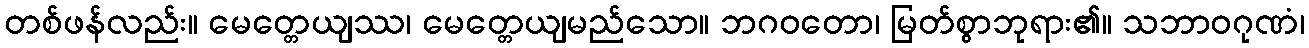
တစ်ဖန်လည်း။ မေတ္တေယျဿ၊ မေတ္တေယျမည်သော။ ဘဂဝတော၊ မြတ်စွာဘုရား၏။ သဘာဝဂုဏံ၊